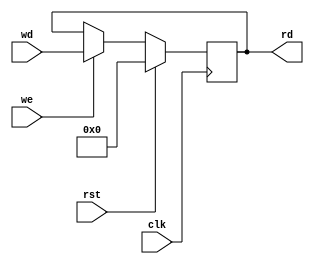
module HILO(
	input 	wire 		clk, rst,
    input 	wire 		we,
	input 	wire[31:0] 	wd,
	output 	wire[31:0] 	rd
    );

	reg[31:0] register;

    always @(negedge clk) begin
		if (rst) begin
			register <= 0;
		end
        else if (we) begin
            register <= wd;
        end
    end

    assign rd = register;

endmodule